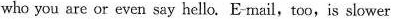
who you are or even say hello. Email,too,is slower